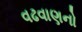
વઢવાણનો